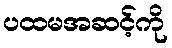
ပထမအဆင့်ကို